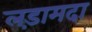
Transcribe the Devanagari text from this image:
लड़ामदा